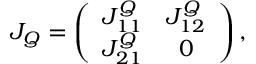
J _ { Q } = \left( \begin{array} { c c } { J _ { 1 1 } ^ { Q } } & { J _ { 1 2 } ^ { Q } } \\ { J _ { 2 1 } ^ { Q } } & { 0 } \end{array} \right) ,